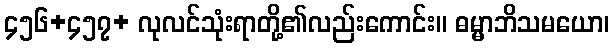
၄၅၆+၄၅၇+ လုလင်သုံးရာတို့၏လည်းကောင်း။ ဓမ္မာဘိသမယော၊